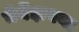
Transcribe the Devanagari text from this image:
नेर्बेझनया